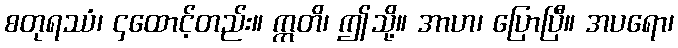
စတုရဿံ၊ ၄ထောင့်တည်း။ ဣတိ၊ ဤသို့။ အာဟ၊ ပြောပြီ။ အပရော၊